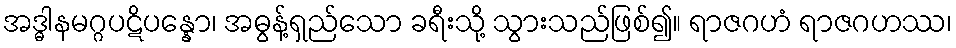
အဒ္ဓါနမဂ္ဂပဋိပန္နော၊ အဓွန့်ရှည်သော ခရီးသို့ သွားသည်ဖြစ်၍။ ရာဇဂဟံ ရာဇဂဟဿ၊